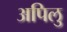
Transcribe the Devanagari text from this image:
अपिलु